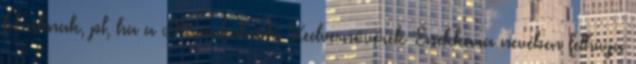
felraknak, pl, ha a Máriakálnoki Kedvesnővérek Énekkara nevében felhívja